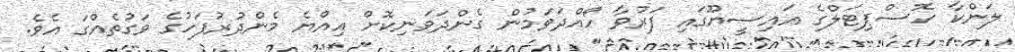
ލަންކާ ހޮސްޕިޓަލްގެ އައިސީޔޫގައި ފަރުވާ ހޯއްދަވަމުން ގެންދަވަނިކޮށް އިއްޔެ މެންދުރުފަހުގެ ވަގުތެއްގަ އެވެ.